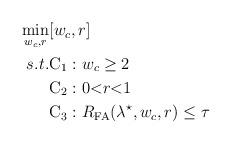
LaTeX: \begin{align*}\begin{aligned}\min \limits_{w_{c},r} &[ w_{c},r ]\\s.t. &{\rm C_{1}:} \ w_{c}\geq2\\&{\rm C_{2}:}\ 0\textless r \textless 1\\&{\rm C_{3}:}\ R_{\rm FA}(\lambda^{\star}, w_{c}, r ) \leq \tau \end{aligned}\end{align*}